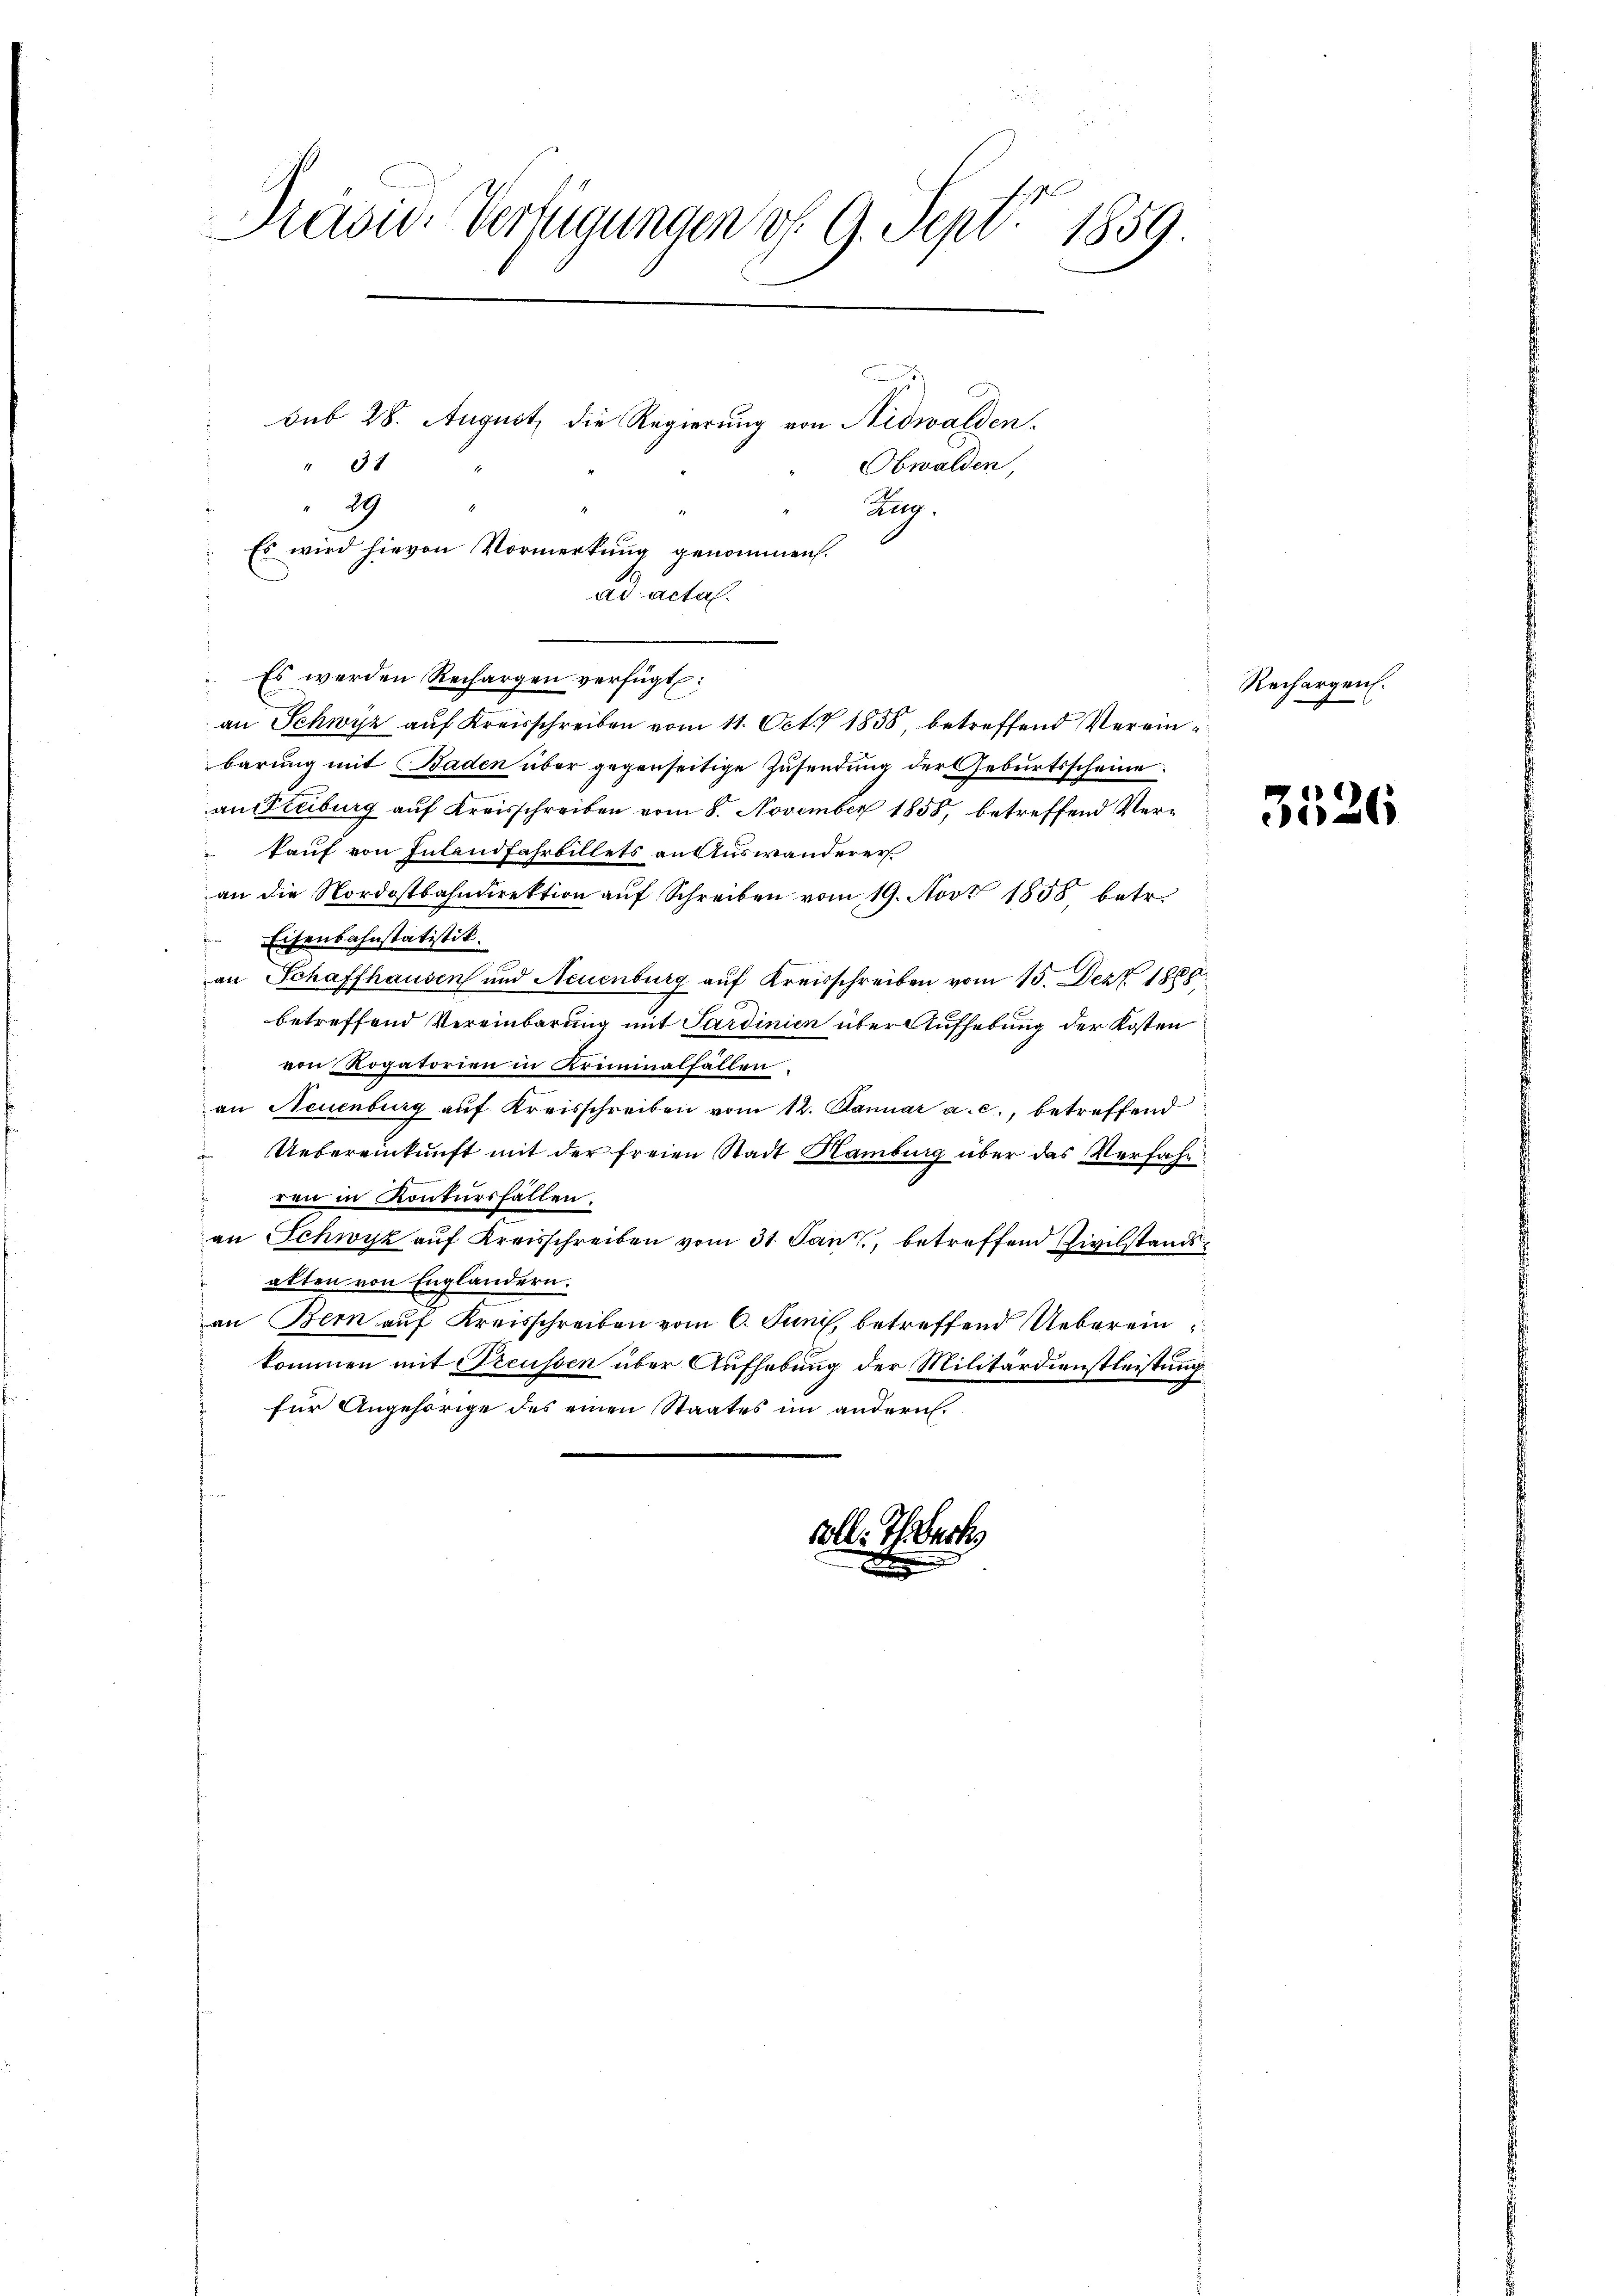
Prasw. Verfügungen v. 9. Sept. 1859

" 31
29

Es werden Rechargen verfügt:

Sub 28. August, die Regierung von Nidwalden.
Es wird hievon Vormerkung genommen.
ad actal.

an Schwyz auf Kreisschreiben vom 11. Oct. 7 1858, betreffend Vereinbarung mit Baden über gegenseitige Zusendung der Geburtsscheine
an Steiburg auf Kreisschreiben vom 8. November 1858, betreffend Verkauf von Inland Fahrbillets an Auswanderer
an die Nordostbahndirektion auf Schreiben vom 19. Nov. 1858 betr.
Eisenbahnstatistik.
an Schaffhausen und Neuenburg auf Kreisschreiben vom 15. Dez. 1888
betreffend Vereinbarung mit Sardinien über Aufhebung der Kosten
von Rogatorien in Kriminalfällen.
an Neuenburg auf Kreisschreiben vom 12. Januar a. c., betreffend
Uebereinkunft mit der freien Stadt Hamburg über das Verfahr
ren in Kontursfallen.
an Schwyz auf Kreisschreiben vom 31. Jan, betreffend Civilstandsalten von Engländern.
an Bern auf Kreisschreiben vom 6. Juni, betreffend Ueberein
kommen mit Preussen über Aufhebung der Militärdienstleistung
für Angehörige des einen Staates im andern.

volle Theart

.
Obwalden,
Zug.

Rechargen.

3526